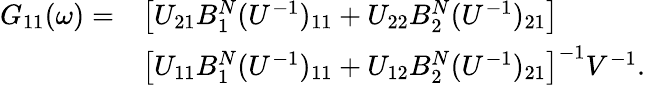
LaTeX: \begin{array}{rl}{G_{11}(\omega)=}&{\left[U_{21}B_{1}^{N}(U^{-1})_{11}+U_{22}B_{2}^{N}(U^{-1})_{21}\right]}\\ &{\left[U_{11}B_{1}^{N}(U^{-1})_{11}+U_{12}B_{2}^{N}(U^{-1})_{21}\right]^{-1}V^{-1}.}\end{array}